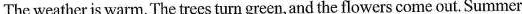
The weather is warm.The trees turngreen, and the flowers come out. Summer